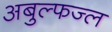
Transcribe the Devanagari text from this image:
अबुल्फज्ल